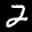
Label: 2